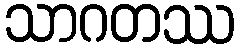
သာဂတဿ